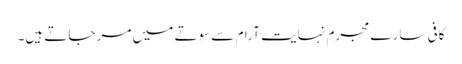
کافی سارے مجرم نہایت آرام سے سوتے میں مر جاتے ہیں۔